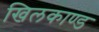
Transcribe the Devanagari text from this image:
खिलकाण्ड